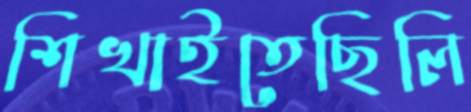
শিখাইতেছিলি